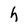
Character: h